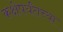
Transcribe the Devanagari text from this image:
कक्षेपर्यंतच्या